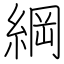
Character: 綱